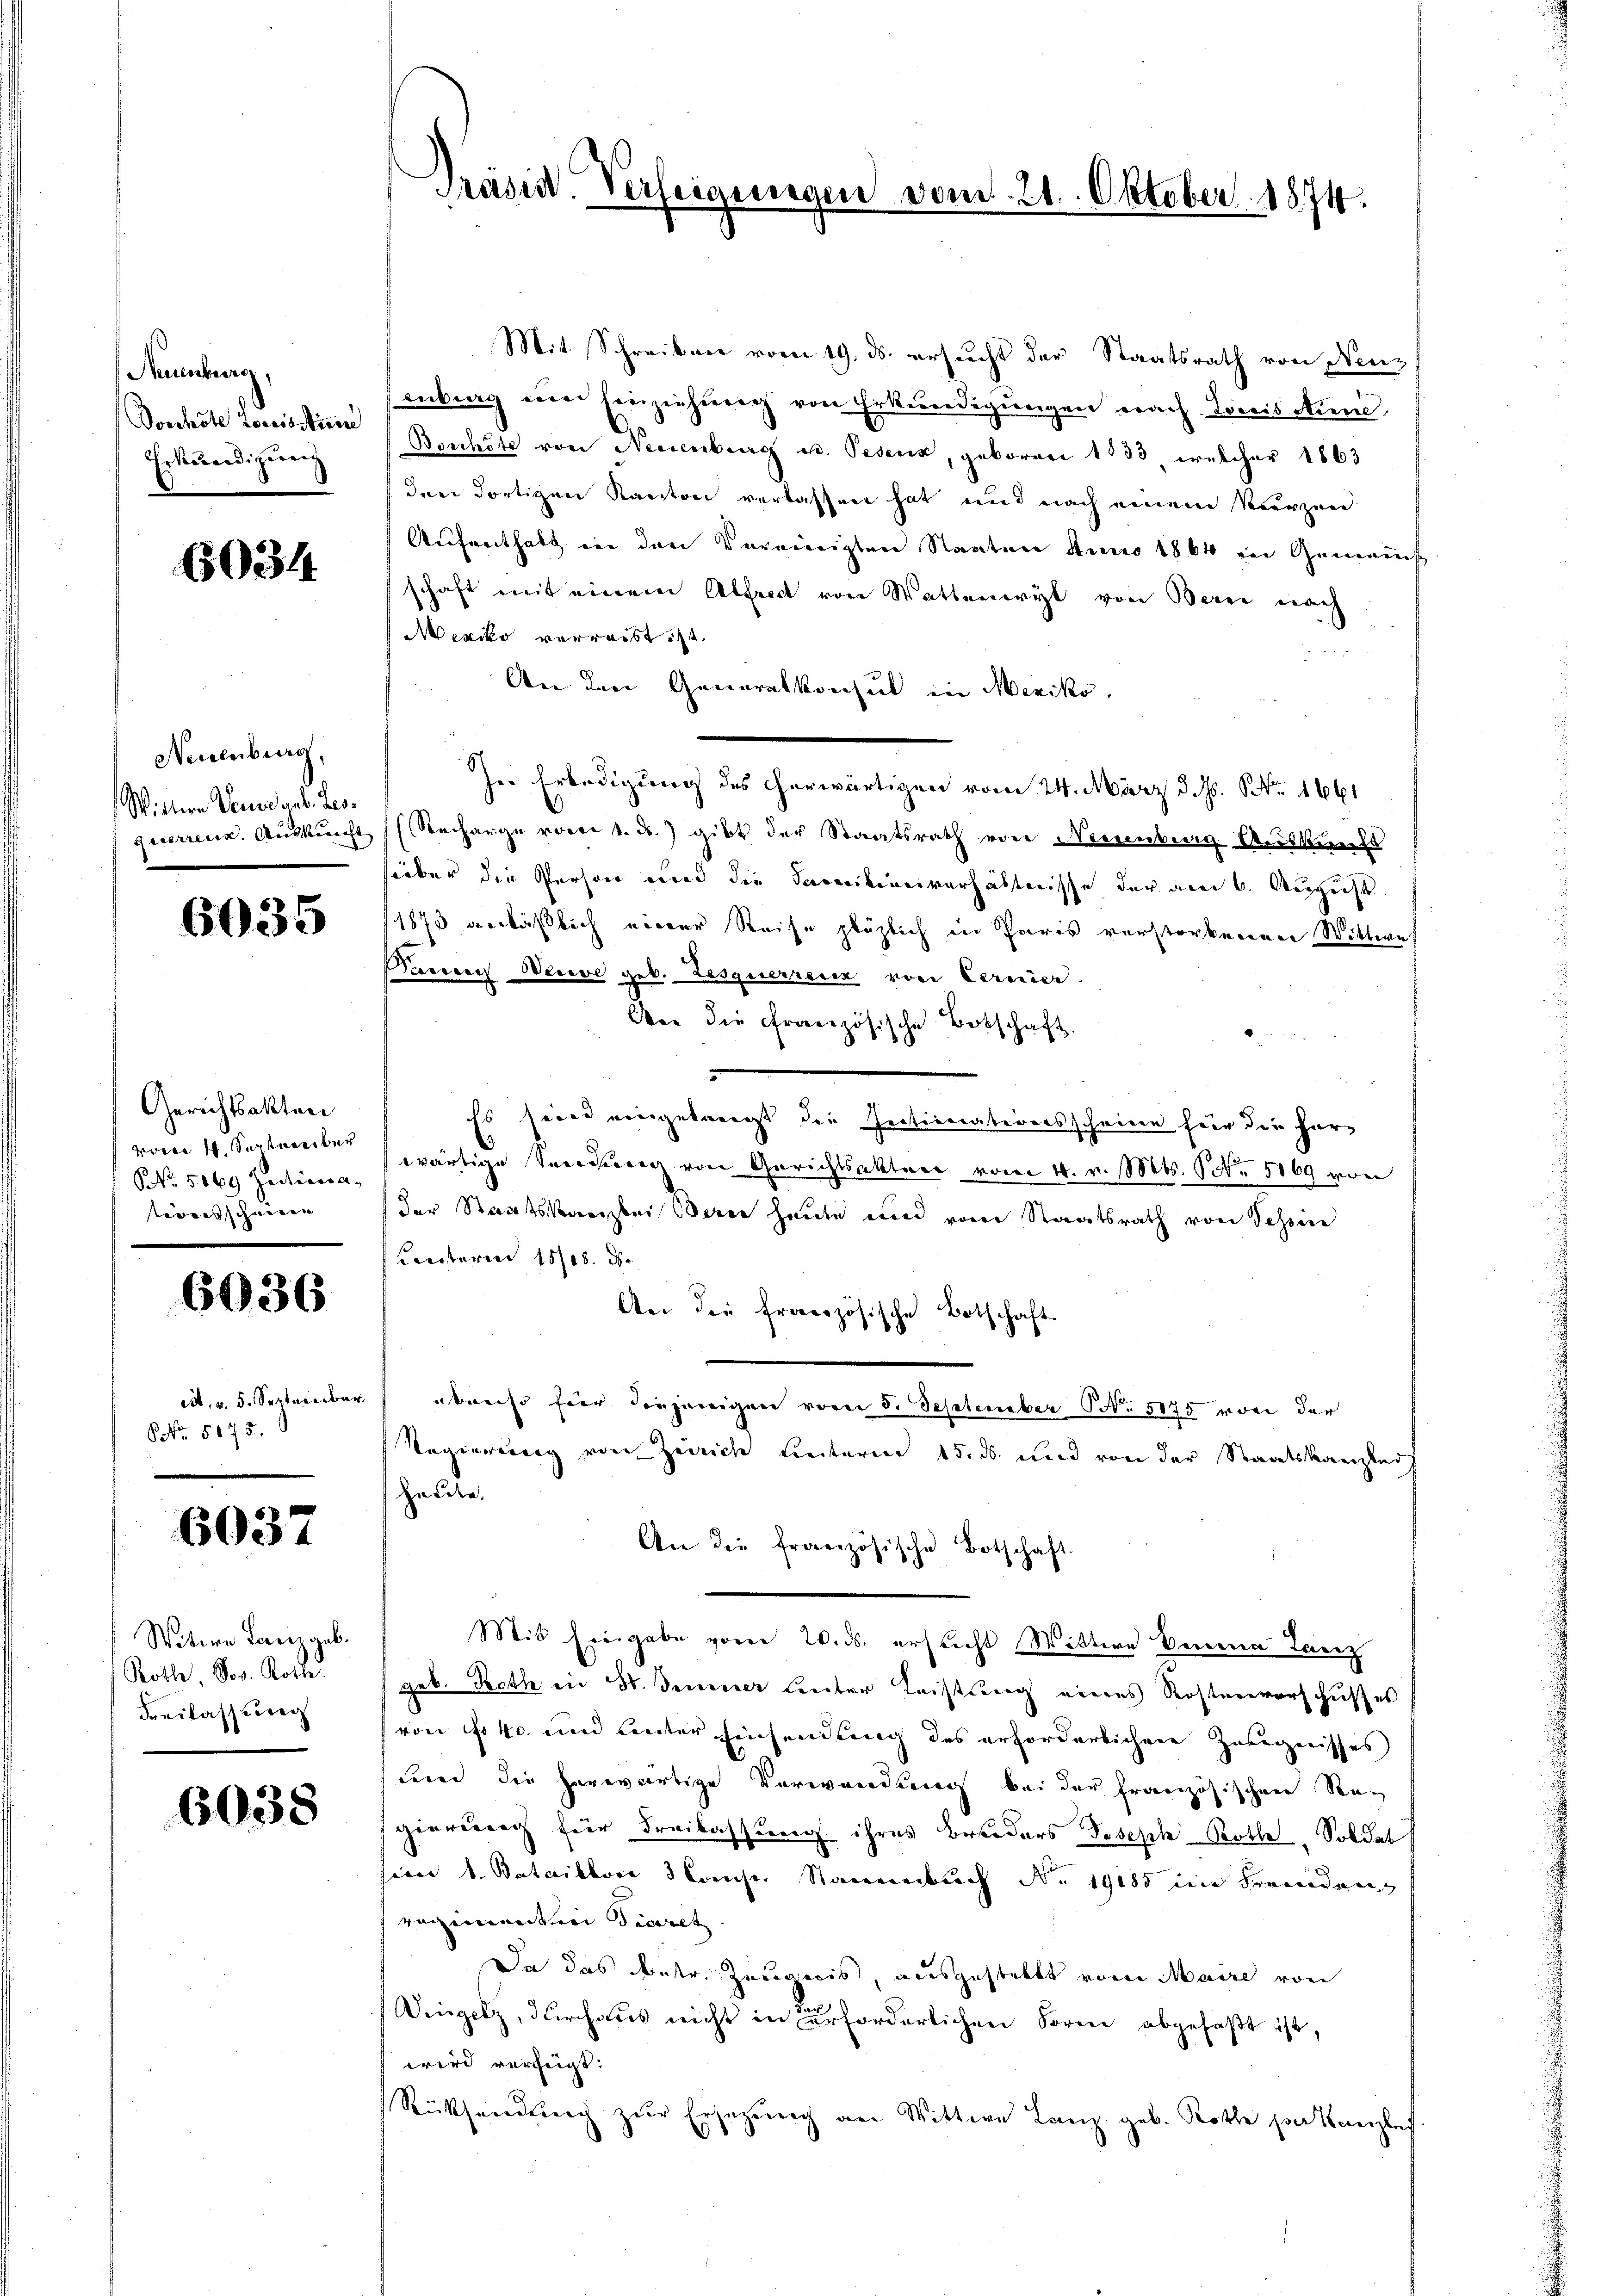
Neuenburg
Donhöte Loosssticere
Erkennedigung

60334

Neuenburg,
Wittern Veuveaub. Leogaserrenz. Auskunft

6035

Gerichtsakten
vom 4. September
NNo. 5069 Justicesa-
tionsschweren |

6036

ct. v. 5. September.
NNo. 5175.

6037

Witere Lanz geb.
Roth, Jos. Rotte.
Freilassung

6038

Präsid. Verfeigelegen

vom 21. Oktober 1874.

Mit Schreiben vom 19. ds. ersucht der Staatsrath von Neuz
inburg im Einziehung von Erkundigungen nach Loicis Muni,
Bonköte von Neuenburg u. Pedenk, geboren 1533 welcher 1863
(den dortigen Kanton verlassen hat und nach einem Kurzwei
Aufenthalt in den Vereinigten Staatene Anno 1864 in Generes
schaft mit einem Alfred von Wattenwyl von Berne nach
Mexiko verreist ist.
An den Generalkonsul in Mexiko
Ire Erledigung des herwärtigen vom 24. März d. Js. Nr. 1661
Recharge vom 1. ds. gibt der Staatsrath von Neuenburg Auskunft
sieber die Person wird die Sanitionsverhältnisse der am 6. August
1873 verläßlich einer Reise plözlich in Paris verstorbenener Wittweh
Parerer Weise geb. Lesquerrenz von Cernier
Aber die Französische Botschaft.
Es seies eingelangt die Sectionationsscheine für die herwärtige Seesung von Gerichtsaktere vom 4. v. Mts. 10. 5169 von
der Staatskanzlei erer heute und vom Staatsrath von Schöne
Coesteres 1808. Der
An die französische Botschaft
 abweise hier diejenigen vom 5. September No. 5175 von der
Regierung von Zerrich Leiteren 15. ds. und von der Staatskanzler
Herden.
An die französische Botschaft.
Mit Eingabe vorer 20. ds. ersucht Wittwe Benen Laviz
geb. Roth in St. Jenner Leuter Leistung eines Rostenvorschußes
von fr 40 und unter Einsendung des erforderlichen Zeugnisses
cennd die herwärtige Verwendung bei der französischen Seeg
geerberg für Freilassung ihres Bruders Joseph Rothe, Soldat
sien 1. Batailloro 3 Commis. Stauenbuch No. 19185 die Fremden
regimenten Tieret
Da das detr. Zeugnis, ausgestalt vom Maire von
Dingel, durchaus nicht in erforderlichen Forme abgefaßt ist,
wird verzeigt:
Rücksendung zur Eringung an Wittwe Lanz geb. Rothe per Kanzlei
0